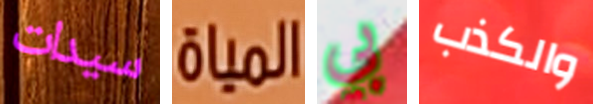
سيدات المياة بي والكذب